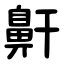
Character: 鼾